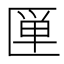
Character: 𰅦